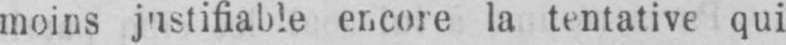
moins justifiable encore la tentative qui